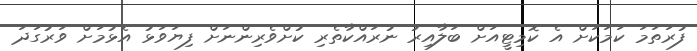
ފުރަތަމަ ކަމަކަށް އެ ކޮމިޓީއަށް ބަލާއިރު ނުރައްކާތެރި ކުށްވެރިންނަށް ފިޔަވަޅު އެޅުމަށް ވަރުގަދަ